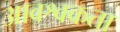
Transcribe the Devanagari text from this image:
आवश्वकता